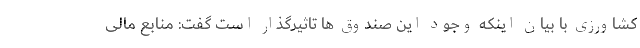
کشاورزی با بیان اینکه وجود این صندوق ها تاثیرگذار است گفت: منابع مالی